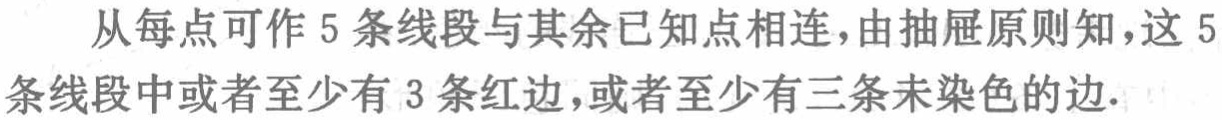
从每点可作 5 条线段与其余已知点相连，由抽屉原则知，这 5 条线段中或者至少有 3 条红边，或者至少有三条未染色的边.